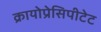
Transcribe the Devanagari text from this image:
क्रायोप्रेसिपीटेट